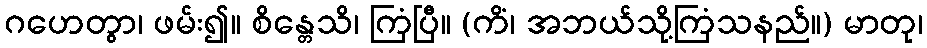
ဂဟေတွာ၊ ဖမ်း၍။ စိန္တေသိ၊ ကြံပြီ။ (ကိံ၊ အဘယ်သို့ကြံသနည်။) မာတု၊